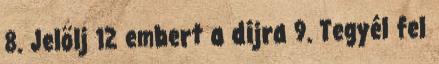
8. Jelölj 12 embert a díjra 9. Tegyél fel